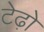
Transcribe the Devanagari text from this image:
टेढ़ो